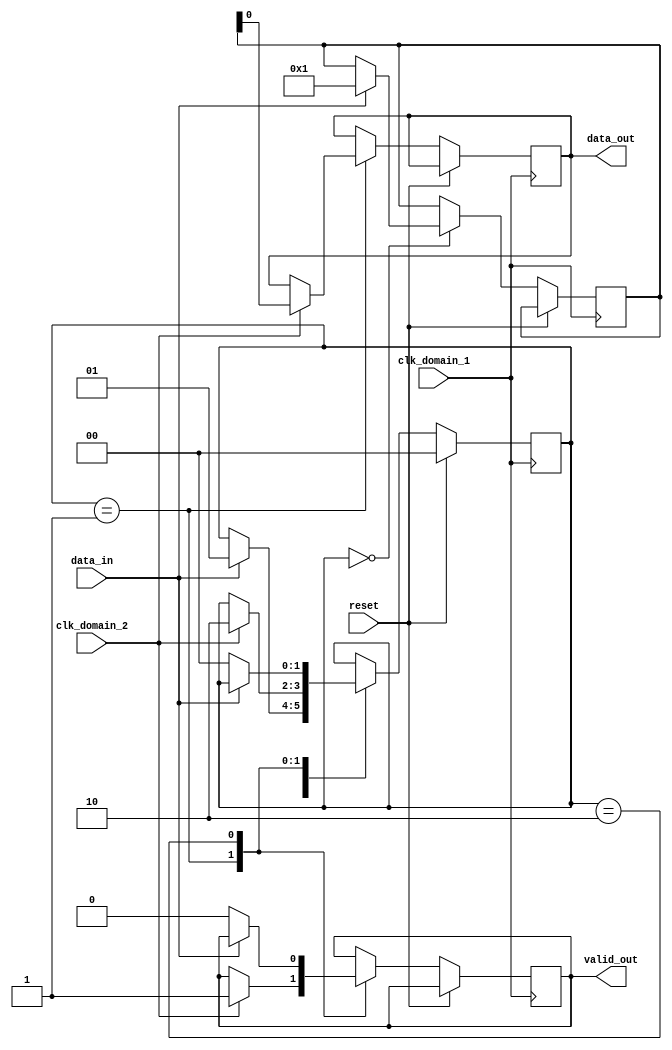
module async_fifo_synchronizer (
    input wire clk_domain_1, // clock signal for domain 1
    input wire clk_domain_2, // clock signal for domain 2
    input wire reset, // asynchronous reset signal
    input wire data_in, // input data signal
    output reg data_out, // output data signal
    output reg valid_out // output valid signal
);

reg [1:0] state;
reg [7:0] data_reg;

always @(posedge clk_domain_1) begin
    if (reset) begin
        state <= 2'b00;
    end else begin
        case (state)
            2'b00: begin // idle state
                if (data_in) begin
                    state <= 2'b01; // data available, transition to sync state
                    data_reg <= data_in;
                end
            end
            2'b01: begin // sync state
                if (clk_domain_2) begin
                    data_out <= data_reg;
                    valid_out <= 1'b1;
                    state <= 2'b10; // data transferred, transition to idle state
                end
            end
            2'b10: begin // idle state
                if (!data_in) begin
                    valid_out <= 1'b0; // reset valid signal
                    state <= 2'b00; // return to idle state
                end
            end
        endcase
    end
end

endmodule